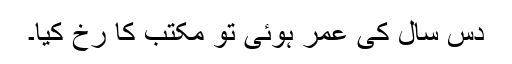
دس سال کی عمر ہوئی تو مکتب کا رخ کیا۔